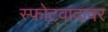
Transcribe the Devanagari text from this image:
स्फोटवादावर